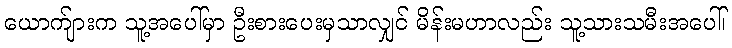
ယောက်ျားက သူ့အပေါ်မှာ ဦးစားပေးမှသာလျှင် မိန်းမဟာလည်း သူ့သားသမီးအပေါ်၊